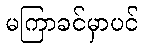
မကြာခင်မှာပင်